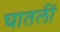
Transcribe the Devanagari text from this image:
घातलीं